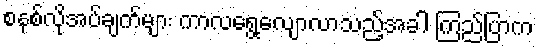
စနစ်လိုအပ်ချက်များ ကာလရွေ့လျောလာသည့်အခါ ကြည်ပြာက